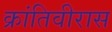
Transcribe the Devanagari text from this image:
क्रांतिवीरास